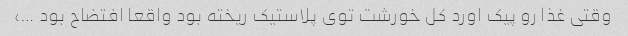
وقتی غذا رو پیک اورد کل خورشت توی پلاستیک ریخته بود واقعا افتضاح بود …،